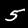
Digit: 5